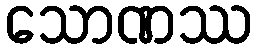
သောဏဿ